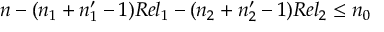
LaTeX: n - ( n _ { 1 } + n _ { 1 } ^ { \prime } - 1 ) R e l _ { 1 } - ( n _ { 2 } + n _ { 2 } ^ { \prime } - 1 ) R e l _ { 2 } \le n _ { 0 }